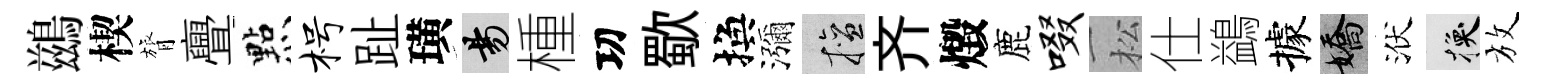
鷀楔膂亹㸃枵趾璜昜㮔㓛歜換瀰擅齐燬鹿啜松仕鷁據嬌洑换放